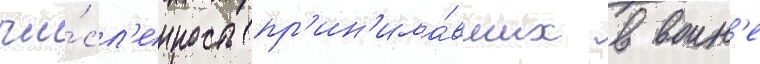
чи́сл'енность пр'ин'има́вших в воин'е